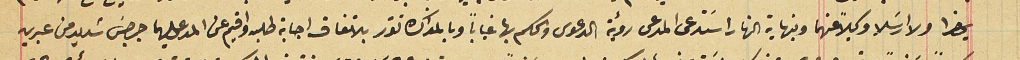
يحضرا ولا ارسَلا وكيلاً عنهما وبنهاية النهار اسَتدعى المدعى رؤية الدعوى والحكم بها غياباً وبالمذاكره تقرر بالاتفاق اجابة طلبه واقيم عن المدعى عليهما جرجسَ شديد من عبرين